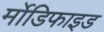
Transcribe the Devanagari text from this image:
र्मोडिफाइड